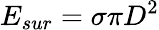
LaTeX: {{E}_{sur}}=\sigma\pi{{D}^{2}}